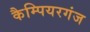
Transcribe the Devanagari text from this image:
कैम्पियरगंज